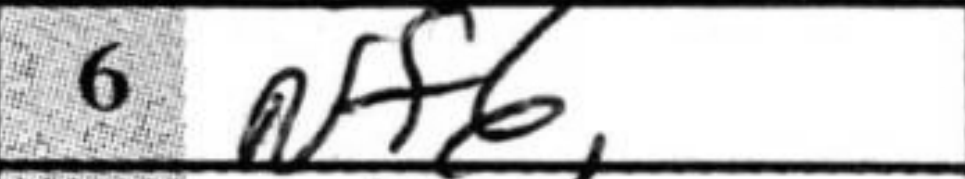
Transcription: Nf6